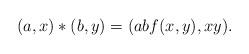
LaTeX: \begin{align*}(a, x) \ast (b, y) = (abf(x, y), xy).\end{align*}